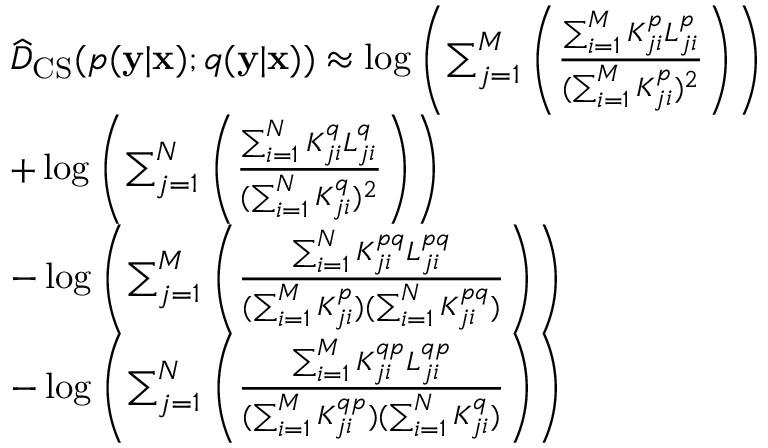
\begin{array} { r l } & { \widehat { D } _ { \mathrm { C S } } ( p ( \mathbf { y } | \mathbf { x } ) ; q ( \mathbf { y } | \mathbf { x } ) ) \approx \log \left( \sum _ { j = 1 } ^ { M } \left( \frac { \sum _ { i = 1 } ^ { M } K _ { j i } ^ { p } L _ { j i } ^ { p } } { ( \sum _ { i = 1 } ^ { M } K _ { j i } ^ { p } ) ^ { 2 } } \right) \right) } \\ & { + \log \left( \sum _ { j = 1 } ^ { N } \left( \frac { \sum _ { i = 1 } ^ { N } K _ { j i } ^ { q } L _ { j i } ^ { q } } { ( \sum _ { i = 1 } ^ { N } K _ { j i } ^ { q } ) ^ { 2 } } \right) \right) } \\ & { - \log \left( \sum _ { j = 1 } ^ { M } \left( \frac { \sum _ { i = 1 } ^ { N } K _ { j i } ^ { p q } L _ { j i } ^ { p q } } { ( \sum _ { i = 1 } ^ { M } K _ { j i } ^ { p } ) ( \sum _ { i = 1 } ^ { N } K _ { j i } ^ { p q } ) } \right) \right) } \\ & { - \log \left( \sum _ { j = 1 } ^ { N } \left( \frac { \sum _ { i = 1 } ^ { M } K _ { j i } ^ { q p } L _ { j i } ^ { q p } } { ( \sum _ { i = 1 } ^ { M } K _ { j i } ^ { q p } ) ( \sum _ { i = 1 } ^ { N } K _ { j i } ^ { q } ) } \right) \right) } \end{array}